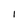
Character: 1